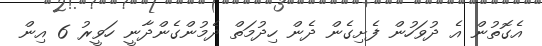
އެގޮތުން އެ ދުވަހުން ފެށިގެން ދެން ހިދުމަތް ދެމުންގެންދާނީ ހަވީރު 6 އިން